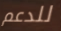
للدعم